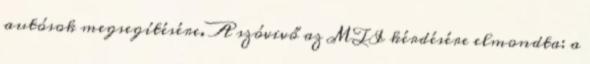
autósok megsegítésére. A szóvivő az MTI kérdésére elmondta: a